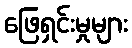
ဖြေရှင်းမှုများ